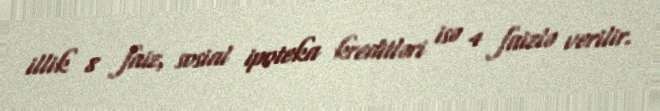
illik 8 faiz, sosial ipoteka kreditləri isə 4 faizlə verilir.